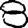
Digit: 8